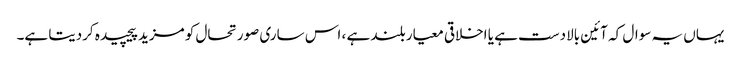
یہاں یہ سوال کہ آئین بالادست ہے یا اخلاقی معیار بلند ہے ، اس ساری صورتحال کو مزید پیچیدہ کردیتا ہے۔